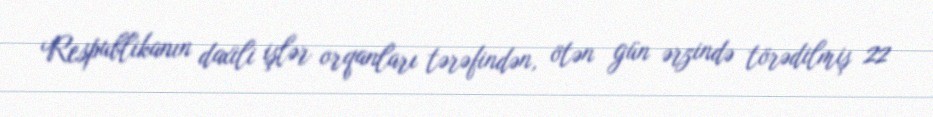
Respublikanın daxili işlər orqanları tərəfindən, ötən gün ərzində törədilmiş 22